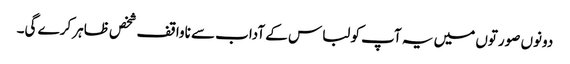
دونوں صورتوں میں یہ آپ کو لباس کے آداب سے ناواقف شخص ظاہر کرے گی۔